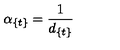
\alpha _ { \{ t \} } = { \frac { 1 } { d _ { \{ t \} } } }